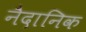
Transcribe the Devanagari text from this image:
नैदानिक